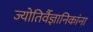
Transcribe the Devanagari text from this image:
ज्योतिर्वैज्ञानिकांना